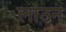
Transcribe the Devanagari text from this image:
लाउन